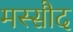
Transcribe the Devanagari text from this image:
मस्सौद